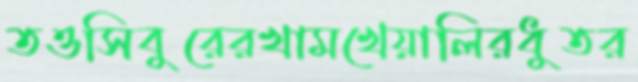
তওসিবুরেরখামখেয়ালিরধুতর